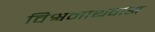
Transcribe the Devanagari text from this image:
विश्वनाथवास